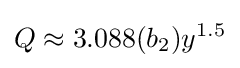
Q\approx 3.088(b_{2})y^{1.5}